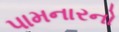
પામનારનો